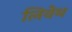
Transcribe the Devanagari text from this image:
लिवेथ